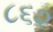
૮૬૨